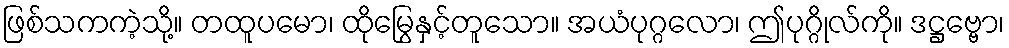
ဖြစ်သကကဲ့သို့။ တထူပမော၊ ထိုမြွေနှင့်တူသော။ အယံပုဂ္ဂလော၊ ဤပုဂ္ဂိုလ်ကို။ ဒဋ္ဌဗ္ဗော၊